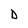
Character: D